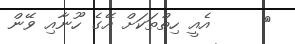
٧     އެއީ ހިތްތަކަށް އޭގެ ހޫނާއި ވޭން